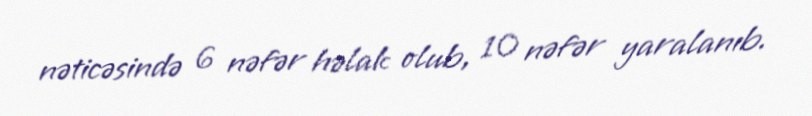
nəticəsində 6 nəfər həlak olub, 10 nəfər yaralanıb.